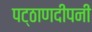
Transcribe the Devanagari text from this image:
पट्ठाणदीपनी